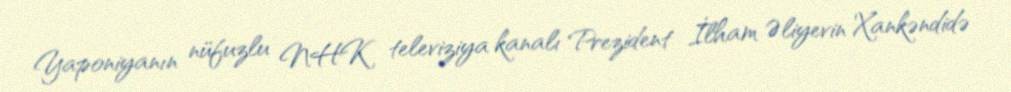
Yaponiyanın nüfuzlu NHK televiziya kanalı Prezident İlham Əliyevin Xankəndidə